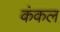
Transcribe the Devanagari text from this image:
कंकल